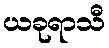
ယခုရာသီ